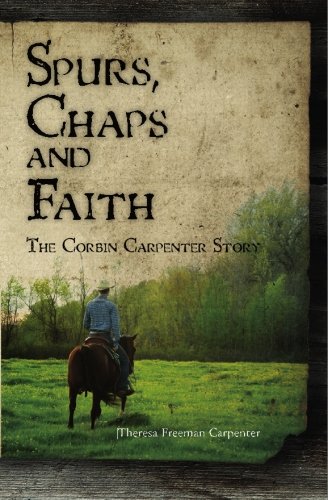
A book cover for Spurs, Chaps and Faith: The Corbin Carpenter Story; Theresa Freeman Carpenter; Sports & Outdoors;